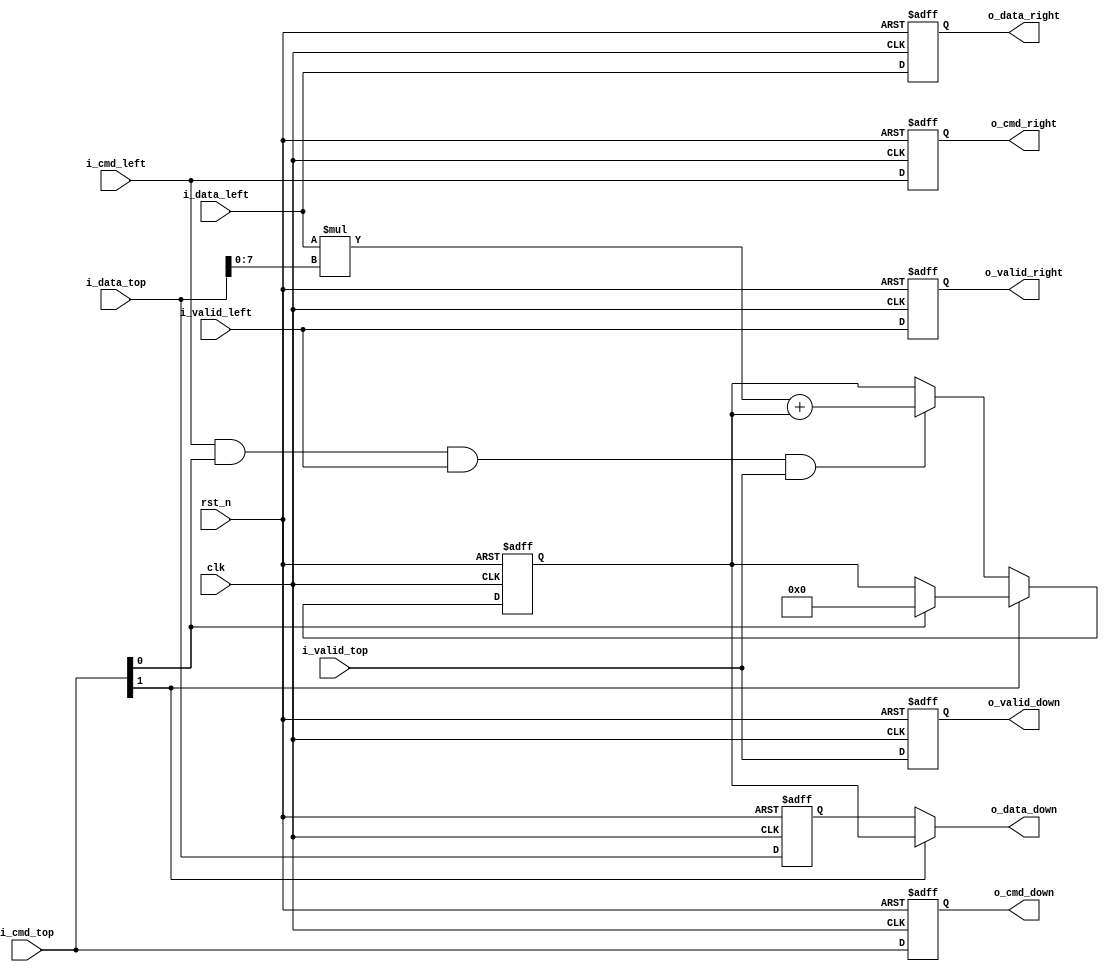
`timescale 1ns / 1ps
/*
    Top Module:  sysotlic_array_pe_os
    Data:        SA_IN_DATA_WIDTH is the width of input data -> OUT_WORD_SIZE is the width of output data.
    Timing:      Sequential Logic
    Reset:       Synchronized Reset [High negedge rst_n]

    Function:   Output Stationary.

                                  i_data_top (Weights/psum)
                                      |
                                      v
                                    +---+
                     i_data_left -->|   |--> o_data_right
                                    +---+
                                      |
                                      v
                                o_data_down

            
            Every node has an output value;

    Author:      Jianming Tong (jianming.tong@gatech.edu) Anirudh Itagi (aitagi7@gatech.edu)

    Note: 
    The accumulation part of the MAC operation involves adding the w_mult_result to the current 
    value stored in the r_stationary_data register. This register holds the running accumulation 
    of previous MAC operations. The sum of w_mult_result and r_stationary_data is assigned to 
    the w_accum_out wire, which is written back to r_stationary_data if enable is asserted. 
    Unless a flush command (i_cmd_top[1]) is received, the r_stationary_data register continues 
    to accumulate the MAC results from subsequent cycles. When a flush command is received, the 
    final accumulated value in r_stationary_data is propagated to the output (o_data_down) if the 
    current PE is in the last row of the systolic array. Otherwise, the accumulated value is passed 
    down to the next row (r_data_down).
*/



module systolic_array_pe_os #(
    parameter   SA_IN_DATA_WIDTH    = 8,
    parameter   SA_OUT_DATA_WIDTH   = 32, // By default the first level for the input data.
    parameter   ROW_ID              = 0,
    parameter   LAST_ROW_ID         = 3
)(
    // timing signals
    clk             ,
    rst_n           ,

    i_data_top      ,       // data signals
    i_valid_top     ,
    i_data_left     ,
    i_valid_left    ,
    o_data_right    ,
    o_valid_right   ,
    o_data_down     ,
    o_valid_down    ,


    i_cmd_top       ,   // command signals
    o_cmd_down      ,
    i_cmd_left      ,
    o_cmd_right
);

    /*
        parameters
    */
    localparam MULT_OUT_WIDTH  = (SA_IN_DATA_WIDTH*2);

    /*
        ports
    */

    input                                           clk;
    input                                           rst_n;

    input    [1:0]                                  i_cmd_top       ;   // i_cmd_top[0]==1 => store local result locally and accumulate the results , i_cmd_top[1]==1 => flush stored local result
    input    [SA_OUT_DATA_WIDTH -1: 0]              i_data_top      ;
    input                                           i_valid_top     ;
    input    [SA_IN_DATA_WIDTH  -1: 0]              i_data_left     ;
    input                                           i_cmd_left      ;   // 1'b1 means do the Accum
    input                                           i_valid_left    ;
    output   [SA_IN_DATA_WIDTH  -1: 0]              o_data_right    ;
    output                                          o_valid_right   ;
    output   [SA_OUT_DATA_WIDTH -1: 0]              o_data_down     ;
    output                                          o_valid_down    ;
    output   [1:0]                                  o_cmd_down      ;
    output                                          o_cmd_right     ;

    /*
        inner logics
    */

    wire                                            w_mac_en            ;
    reg      [SA_OUT_DATA_WIDTH -1: 0]              r_stationary_data   ;
    wire     [MULT_OUT_WIDTH    -1: 0]              w_mult_result       ;
    wire     [SA_OUT_DATA_WIDTH -1: 0]              w_accum_out         ;
    reg                                             r_cmd_right         ;
    reg                                             r_valid_right       ;
    reg      [SA_IN_DATA_WIDTH  -1: 0]              r_data_right        ;
    reg      [1:0]                                  r_cmd_down          ;
    reg                                             r_valid_down        ;
    reg      [SA_OUT_DATA_WIDTH -1: 0]              r_data_down         ;

    
    /*
        Multiply Top and Left inputs
        ACcumulate with r_stationary_data
    */
    assign  w_mac_en       =   i_cmd_left  &   i_cmd_top[0] & i_valid_left & i_valid_top;

    assign  w_mult_result  =   i_data_left * i_data_top[0  +:  SA_IN_DATA_WIDTH];
    assign  w_accum_out    =   w_mult_result  + r_stationary_data;

    always@(posedge clk or negedge rst_n)
    begin
        if(!rst_n)
        begin
            r_stationary_data   <=  0;
        end
        else
        begin
            if(i_cmd_top[1]==1)
            begin
                if(ROW_ID != 0)
                begin
                    r_stationary_data       <=  r_data_down;
                end
                else
                begin
                    if(i_cmd_top[0]==1)
                    begin
                        r_stationary_data   <=  0;
                    end
                end
            end
            else
            begin
                if(w_mac_en)
                begin
                    r_stationary_data       <=  w_accum_out;
                end
            end
        end
    end

    /*
        Register and send the Data from Left to Right
    */
    always@(posedge clk or negedge rst_n)
    begin
        if(!rst_n)
        begin
            r_valid_right   <=  0;
            r_data_right    <=  0;
            r_cmd_right     <=  0;
        end
        else
        begin
            r_valid_right   <=  i_valid_left;
            r_data_right    <=  i_data_left;
            r_cmd_right     <=  i_cmd_left;
        end
    end

    /*
        Register and send the Data from Top to Down
    */
    always@(posedge clk or negedge rst_n)
    begin
        if(!rst_n)
        begin
            r_valid_down    <=  0;
            r_data_down     <=  0;
            r_cmd_down      <=  0;
        end
        else
        begin
            r_valid_down    <=  i_valid_top;
            r_data_down     <=  i_data_top;
            r_cmd_down      <=  i_cmd_top;
        end
    end

    /*
        connect to output
    */
    assign o_cmd_right      =   r_cmd_right     ;
    assign o_valid_right    =   r_valid_right   ;
    assign o_data_right     =   r_data_right    ;
    assign o_cmd_down       =   r_cmd_down      ;
    assign o_valid_down     =   (ROW_ID == LAST_ROW_ID) ?   i_cmd_top[1]        :   r_valid_down        ;
    assign o_data_down      =   (i_cmd_top[1]==1)       ?   r_stationary_data   :   {1'b0, r_data_down}    ;

endmodule